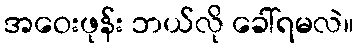
အဝေးဖုန်း ဘယ်လို ခေါ်ရမလဲ။